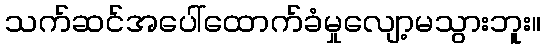
သက်ဆင်အပေါ်ထောက်ခံမှုလျော့မသွားဘူး။